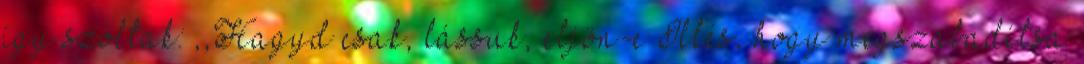
így szóltak: ,,Hagyd csak, lássuk, eljön-e Illés, hogy megszabadítsa